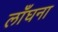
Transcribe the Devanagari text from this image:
लाँघना